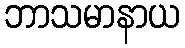
ဘာသမာနာယ